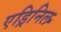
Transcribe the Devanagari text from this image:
एड्रिनिल